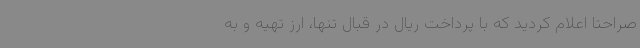
صراحتاً اعلام کردید که با پرداخت ریال در قبال تنها، ارز تهیه و به